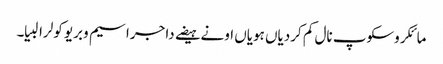
مائکروسکوپ نال کم کردیاں ہویاں اونے ہیضے دا جراسیم وبریو کولرا لبیا۔